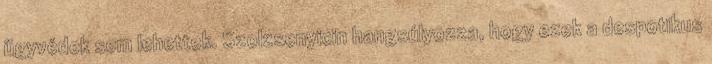
ügyvédek sem lehettek. Szolzsenyicin hangsúlyozza, hogy ezek a despotikus